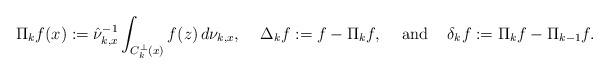
LaTeX: \begin{align*} \Pi_k f(x):= \hat\nu_{k,x}^{-1}\int_{C_k^\perp(x)} f(z)\, d\nu_{k,x},\;\;\;\; \Delta_kf := f-\Pi_k f,\;\;\;\mbox{ and }\;\;\;\delta_kf := \Pi_kf-\Pi_{k-1}f. \end{align*}